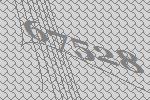
67528